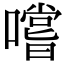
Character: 嚐